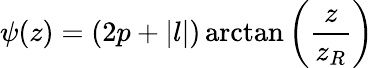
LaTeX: \psi(z)=(2p+|l|)\arctan\left(\frac{z}{z_{R}}\right)